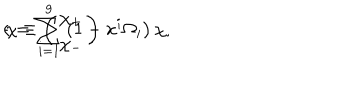
LaTeX: \epsilon = \sum _ { i = 1 } ^ { 9 } \left( 1 - x ^ { i } \Omega _ { i } \right) \chi , \hspace { 3 m m } \chi \equiv \left( \begin{matrix} { { \chi _ { + } } } \\ { { \chi _ { - } } } \\ \end{matrix} \right)